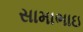
સામાભાઇ